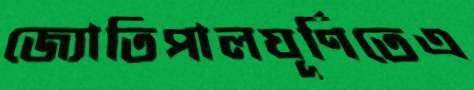
জ্যোতিপালঘূর্ণিতেএ